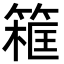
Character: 𥱜